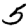
Digit: 5